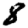
Digit: 8